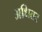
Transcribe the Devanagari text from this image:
अधितर